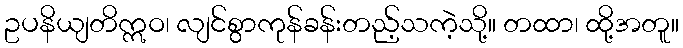
ဥပနိယျတိဣဝ၊ လျင်စွာကုန်ခန်းတည့်သကဲ့သို့။ တထာ၊ ထို့အတူ။